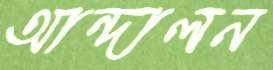
আন্দালন